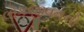
લોકજીવનનો